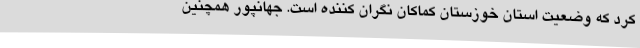
کرد که وضعیت استان خوزستان کماکان نگران کننده است. جهانپور همچنین